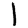
Digit: 1